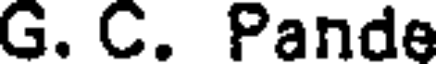
G. C. Pande